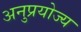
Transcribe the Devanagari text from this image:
अनुप्रयोज्य